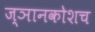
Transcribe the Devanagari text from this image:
ज्ञानकोशच